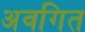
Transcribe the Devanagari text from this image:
अवगित